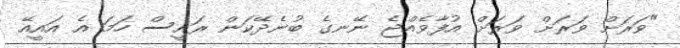
"ވަރަށް ވަރަށް ވަރަށް އުފާވެއްޖެ ނޭނގެ ބުނެދޭކަން ރައީސް ހަމަ އެ އައީއޭ